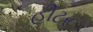
હીટર